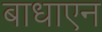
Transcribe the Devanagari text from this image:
बाधाएन